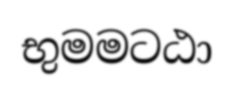
භුමමටඨා